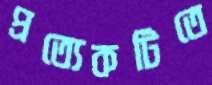
প্রত্যেকটিতে